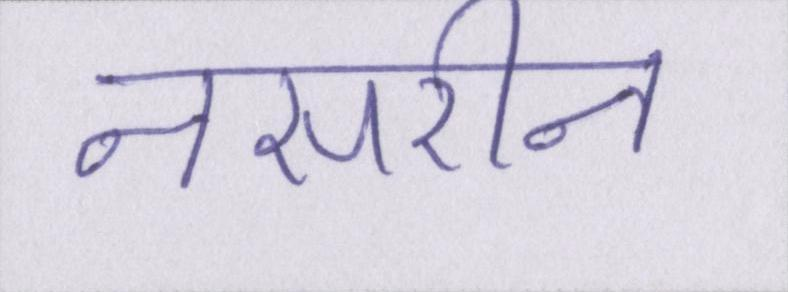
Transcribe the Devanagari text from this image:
नसरीन